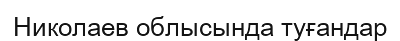
Николаев облысында туғандар